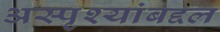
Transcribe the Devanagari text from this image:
अस्पृश्यांबद्दल